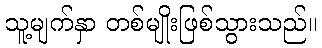
သူ့မျက်နှာ တစ်မျိုးဖြစ်သွားသည်။